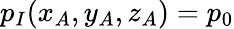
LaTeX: p_{I}(x_{A},y_{A},z_{A})=p_{0}